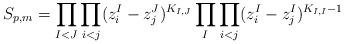
LaTeX: \begin{align*}S_{p,m}=\prod_{I<J} \prod_{i<j}(z^I_i-z^J_j)^{K_{I,J}}\prod_I\prod_{i<j}(z^I_i-z^I_j)^{K_{I,I}-1}\end{align*}